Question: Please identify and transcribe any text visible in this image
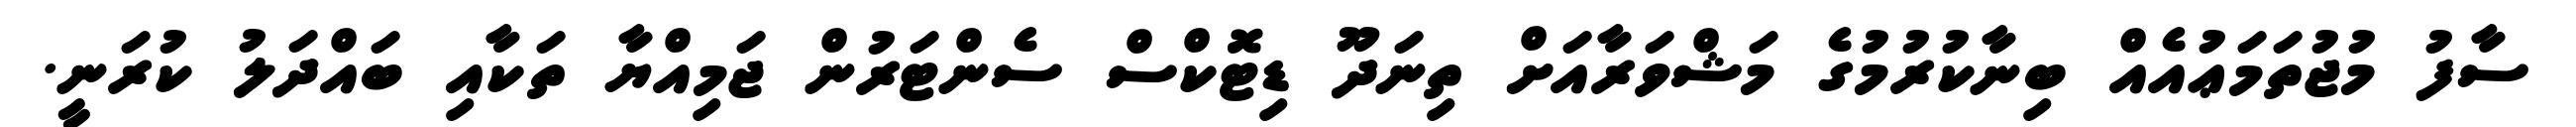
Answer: ސާފު މުޖުތަމަޢުއެއް ބިނާކުރުމުގެ މަޝްވަރާއަށް ތިނަދޫ ޑިޓޮކްސް ސެންޓަރުން ޖަމިއްޔާ ތަކާއި ބައްދަލު ކުރަނީ.